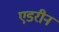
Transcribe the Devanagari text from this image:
एडरीन